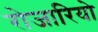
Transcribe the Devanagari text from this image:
रोजारियो